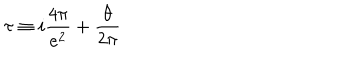
\tau \equiv i \frac { 4 \pi } { e ^ { 2 } } + \frac { \theta } { 2 \pi }